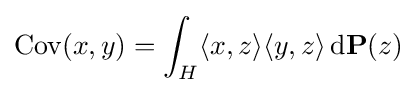
\mathrm {Cov} (x,y)=\int _{H}\langle x,z\rangle \langle y,z\rangle \,\mathrm {d} \mathbf {P} (z)